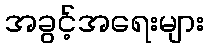
အခွင့်အရေးများ